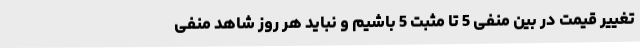
تغییر قیمت در بین منفی 5 تا مثبت 5 باشیم و نباید هر روز شاهد منفی